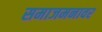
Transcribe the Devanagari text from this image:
समाजमनावर